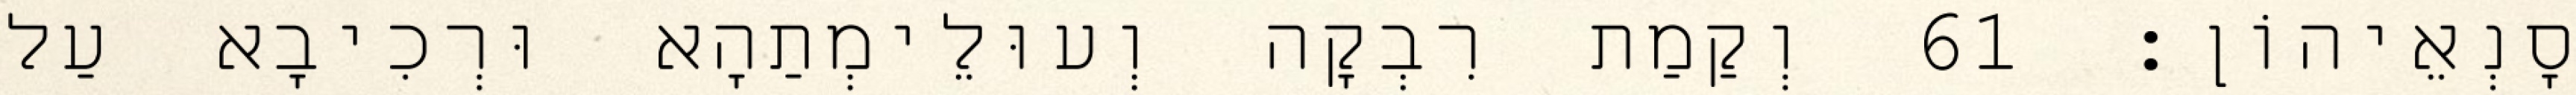
סָנְאֵיהוֹן׃ 61 וְקַמַת רִבְקָה וְעוּלֵימְתַהָא וּרְכִיבָא עַל